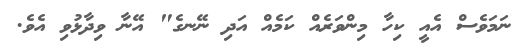
ނަމަވެސް އެއީ ކިހާ މިންވަރެއް ކަމެއް އަދި ނޭނގެ" އޭނާ ވިދާޅުވި އެވެ.